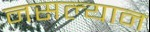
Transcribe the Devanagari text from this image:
नसल्यान